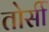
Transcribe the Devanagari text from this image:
तोर्सी